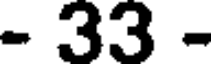
- 33 -